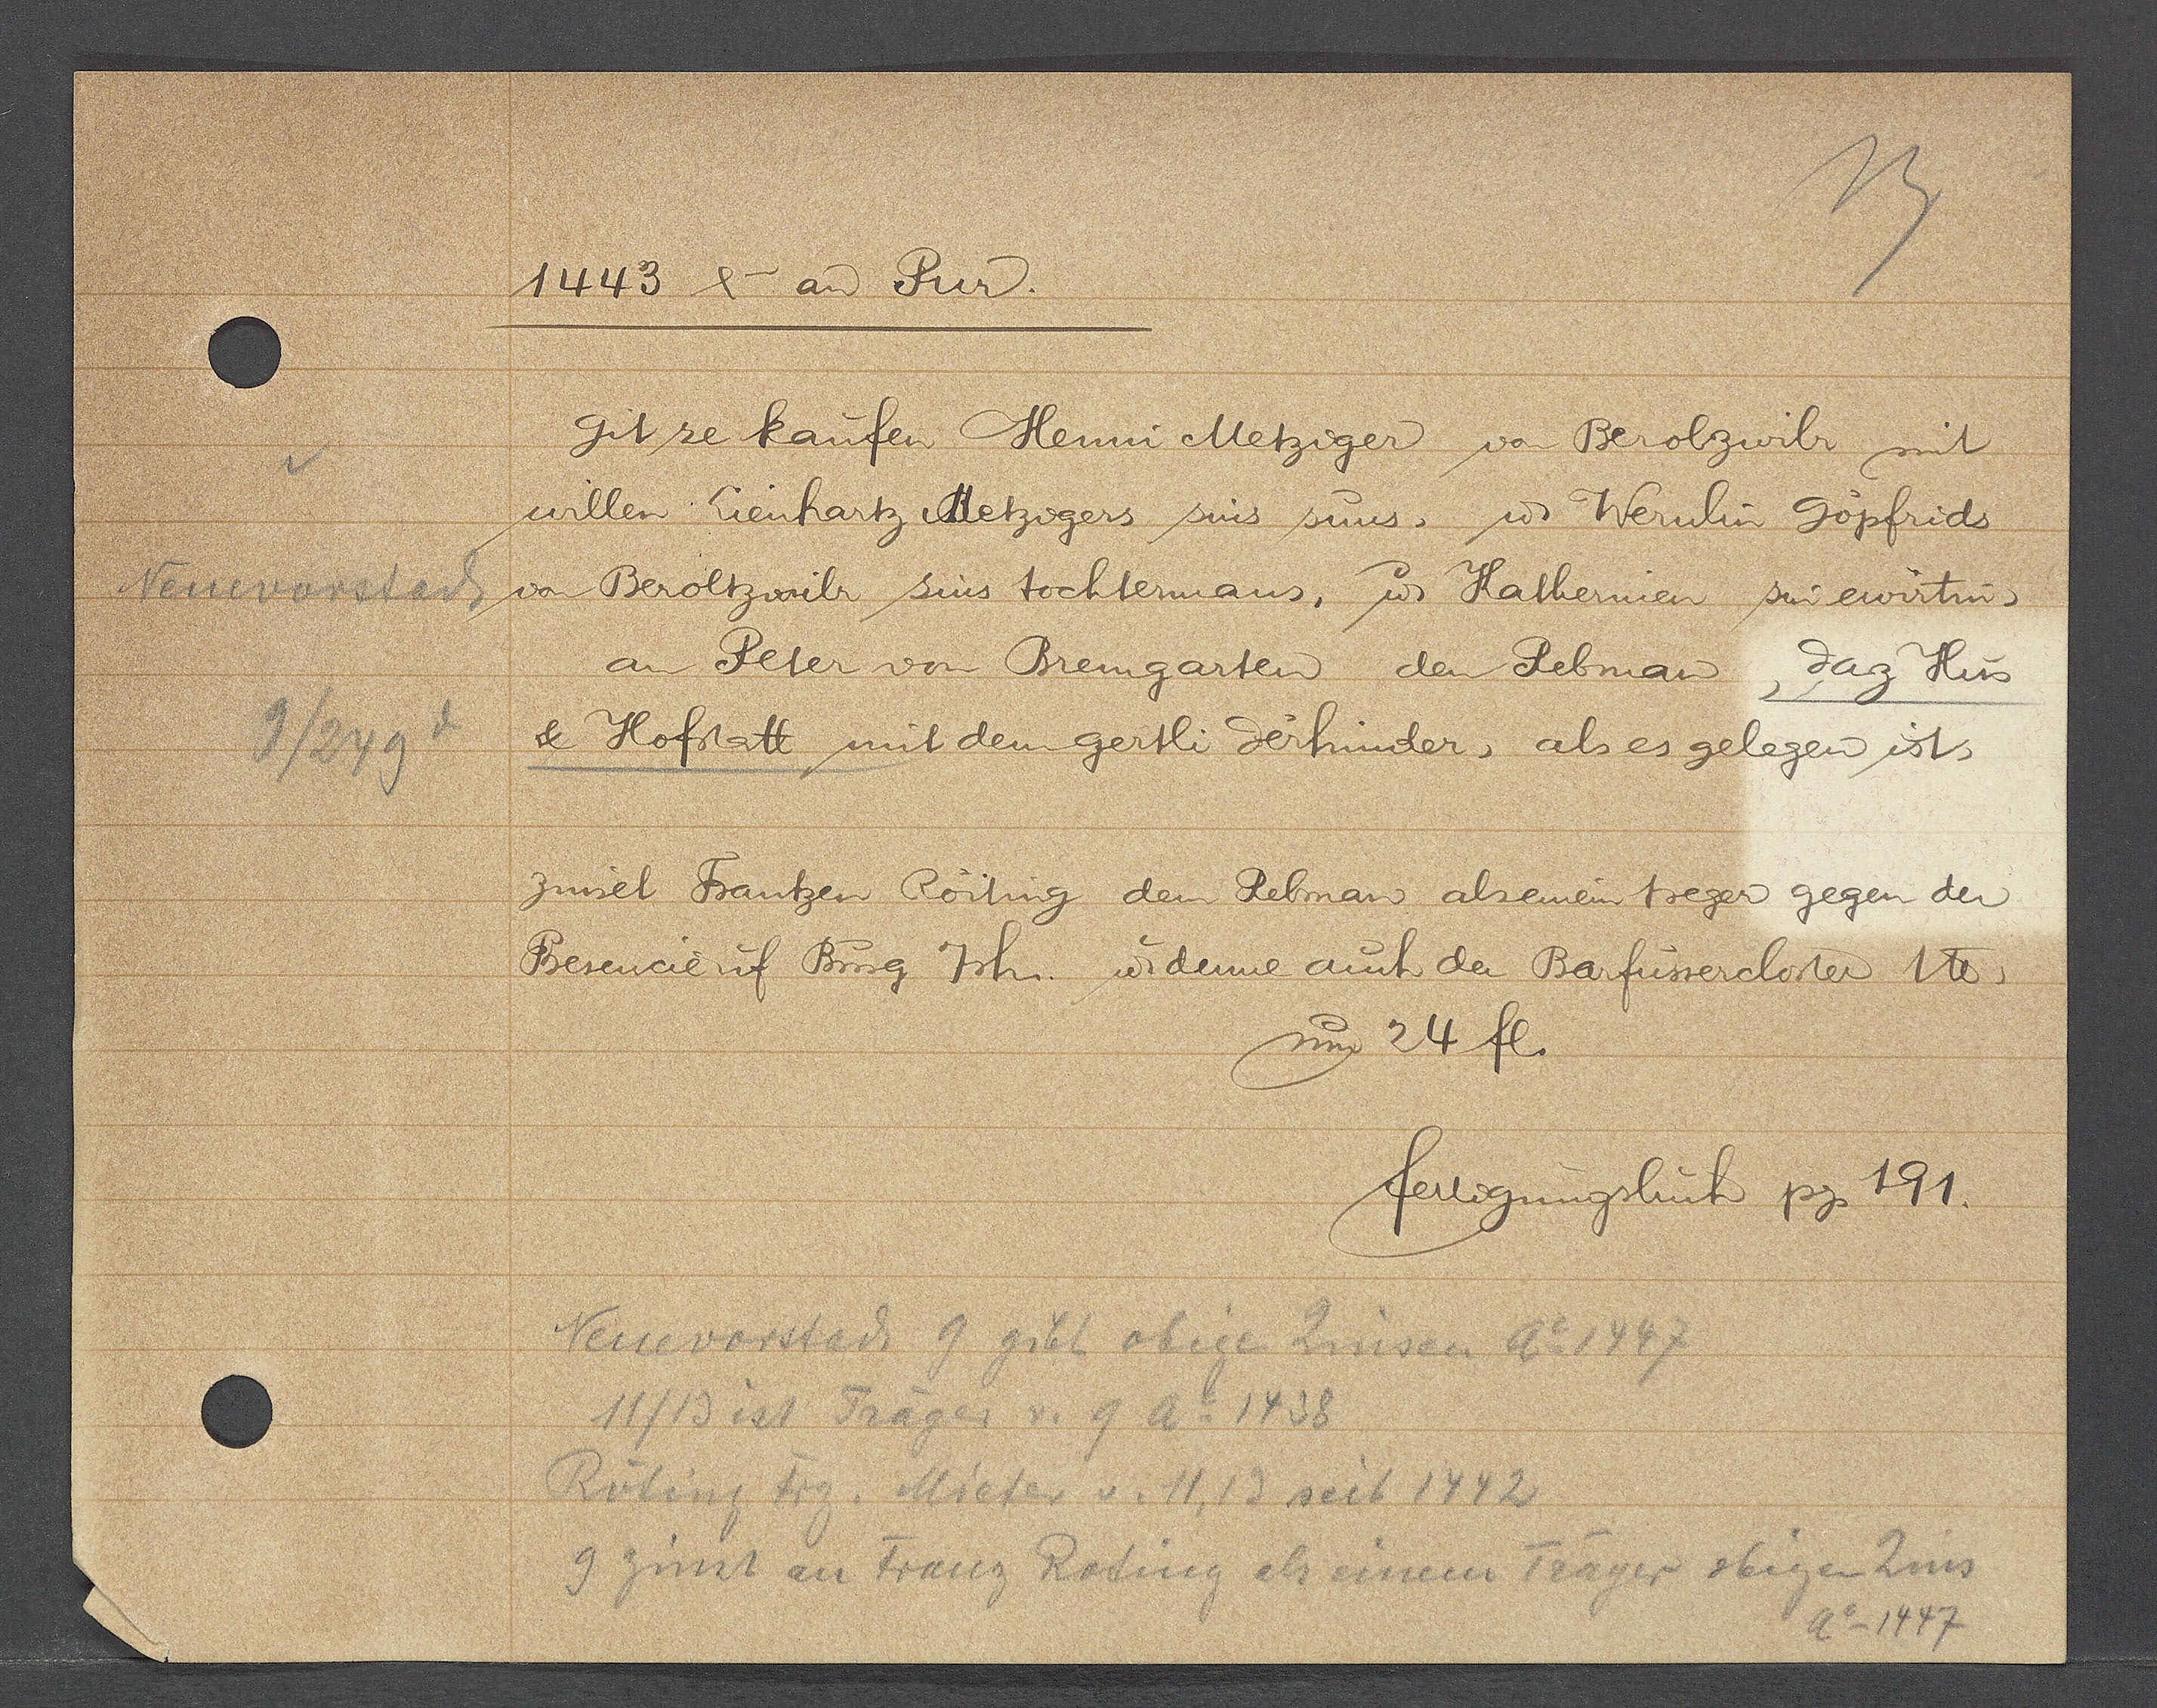
Transcript:
Neuenvorstadt
9/249

14443 & an Pur.

git ze kaufen Henni Metziger von Berolzwilr mit
willen Lienhartz Metzigers sins suns, ư Wernlin Gopfrids
von Beroltzwilr sins tochtermans, ư Kathernien sin erwirtin,
an Peter von Bremgarten den Rebman, daz Hus
& Hofstatt mit dem gertli derhinder, als es gelegen ist,
zinset Frantzen Roiting den Rebman alsemin treger gegen der
Besencie uf Burg Jsh. ư denne auch der Barfüssercloster 1℔.
sum 24 fl.

fertigungsbuch pg 191.

Neuevorstadt 9 gibt obige Zinsen ao 1447
11/13 ist Träger v. 9 ao 1438
Roting Frz. Mieter v. 11, 13 seit 1442
9 zinst an Franz Roting als einem Träger obigen Zins
Ao 1447